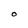
Character: O